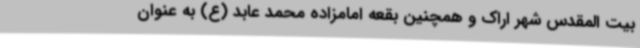
بیت المقدس شهر اراک و همچنین بقعه امامزاده محمد عابد (ع) به عنوان